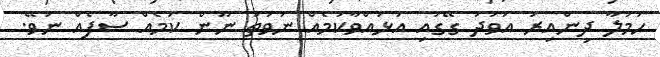
ހަމަލާ ދިންއިރު އަވަދު ގޭގައި އުޅުއްވާކަމެއް ނުވަތަ ނޫން ކަމެއް ސާފެއް ނުވޭ.